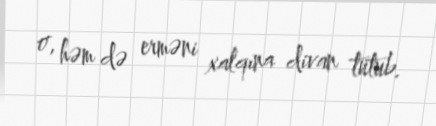
o, həm də erməni xalqına divan tutub.